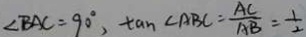
\angle B A C = 9 0 ^ { \circ } , \tan \angle A B C = \frac { A C } { A B } = \frac { 1 } { 2 }